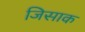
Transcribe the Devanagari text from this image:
जिसाक